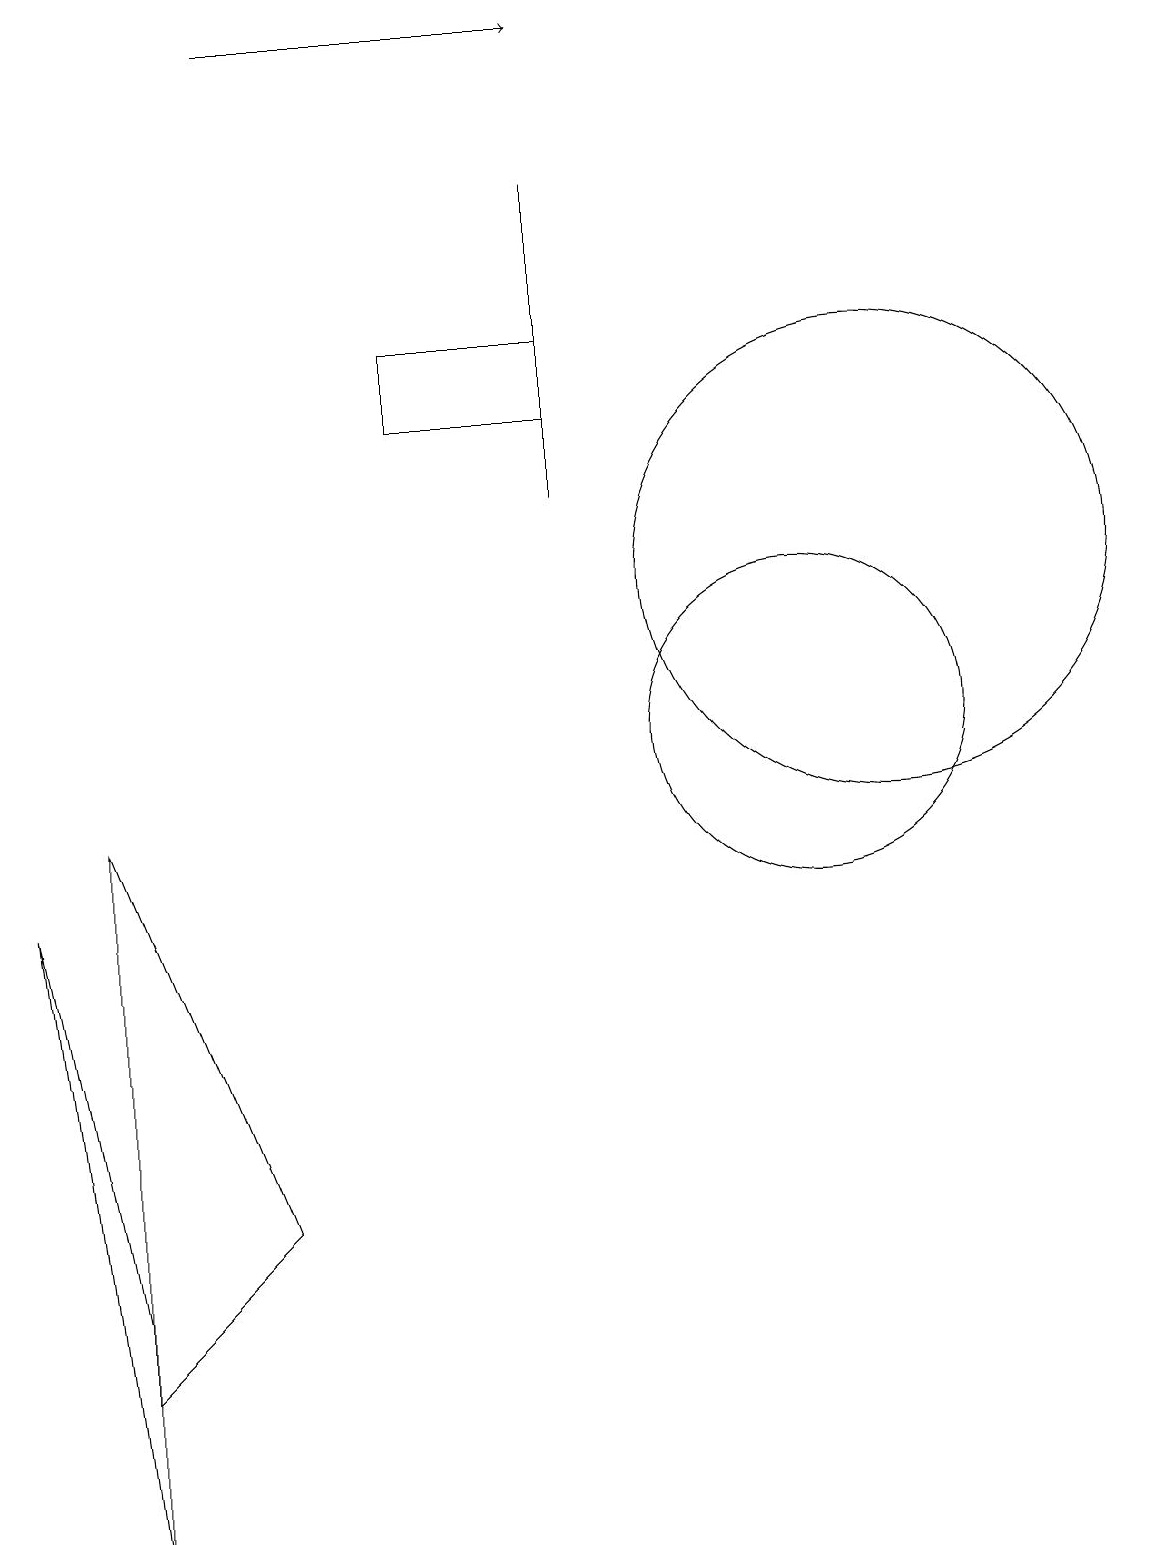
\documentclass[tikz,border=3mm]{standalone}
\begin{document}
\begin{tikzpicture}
\draw (2,3) -- (1,8) -- (2,0) -- cycle;
\draw (8,13) rectangle (8,17);
\draw (2,9) -- (2,2) -- (4,4) -- cycle;
\draw (6,14) rectangle (8,15);
\draw (11,10) circle (2);
\draw (12,12) circle (3);
\draw[->] (4,19) -- (8,19);
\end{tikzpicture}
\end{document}